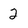
Character: 2